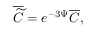
\overline { { { \widetilde { C } } } } = e ^ { - 3 \Psi } \overline { { { C } } } ,